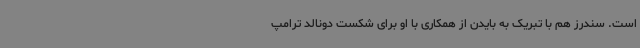
است. سندرز هم با تبریک به بایدن از همکاری با او برای شکست دونالد ترامپ